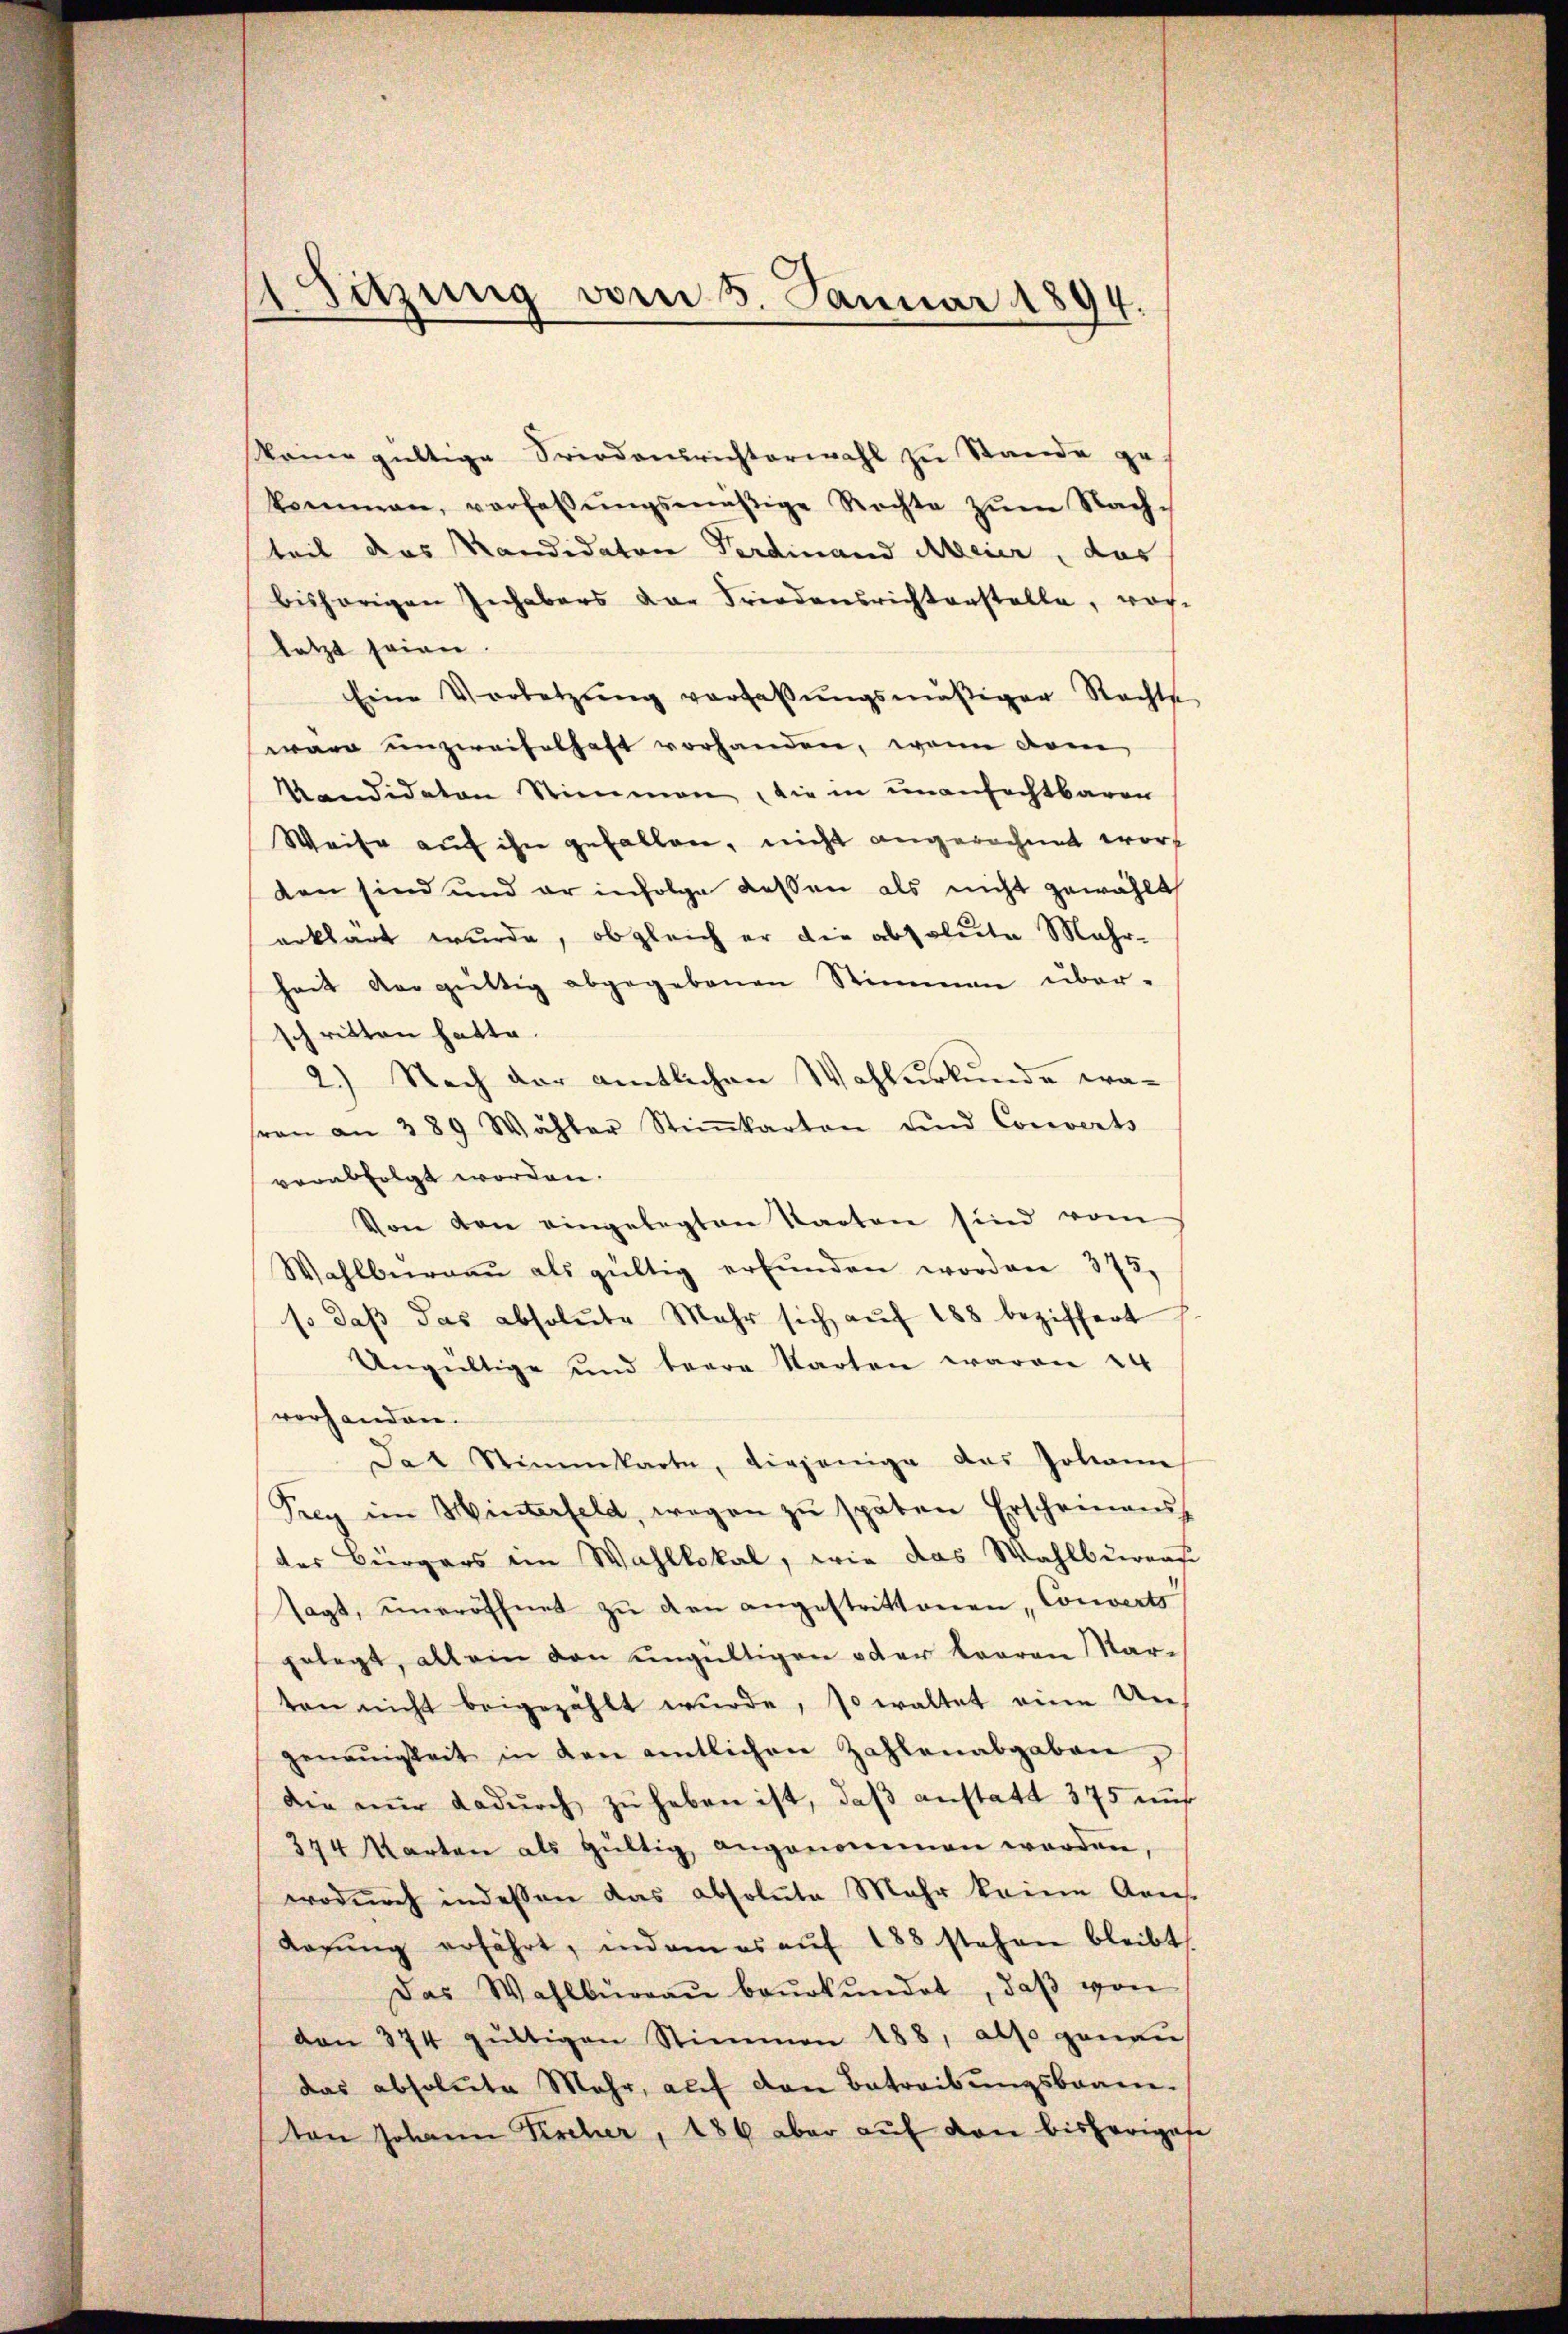
Sitzung vom 5. Januar 1894

keine gültige Friedensrichterwahl zu Stande ge-
kommen, vorlaβŭngsmäßige Rechte zŭm Nach-
teil das Kandidaten Verdinand Meier, das
bisherigen Inhabers der Friedensrichterstelle, vor-
letzt seien
Eine Vorletzŭng verlaβŭngsmäßiger Rechte
wäre unzweifelhaft vorhanden, wenn donn
Kandidaten Stimmen, die in unanfechtbaren
Weise auf ihn gefallen, nicht angerechnet worden sind und er infolge dessen als nicht gewählt
erklärt wurde, obgleich er die absolute Mehr-
hait vergültig abgegebenen Stimmen über-
schritten hatte.
2.) Nach der amtlichen Wahlurkunde waren an 289 Wähler Stiṁkarton und Converts
verabfolgt worden.
Von den eingelegten Staaten sind vom
Wahlbernaŭ als gültig erfŭnden worden 373,
so daß das absolute Mehr sich auf 188 beziffert
Ungültige und terre Starten waren 24
vorhanden.
dat Stimmkarte, diejenige des Johann
Prey im Hinterfeld, wegen zŭ späten Erscheinens
des Bürgers im Wahllokal, wie das Wahlbarers
sagt, eineröffnet zu den angestrittenen, Converts
gelegt, allein den ungültigen oder Baaren Karten nicht beigezählt wŭrde, so waltet eine Un-
genoṁigkeit in den amtlichen Zahlenabgaben,
die nŭr dadŭrch zŭ haben ist, daß anstatt 375 mit
374 Karten als gültig angenommen werden,
wodurch indessen das absolute Mehr keine Kons.
Kagŭng erfährt, indem es aŭf 188 stehen bleibt
Das Wahlbüraŭ beŭrkŭndet, daβ von
den 374 gültigen Stimmen 188, also genau
das absolute Mehr, auf den Betreibungsbeamton Johann Kircher, 186 aber auf von bisherigese